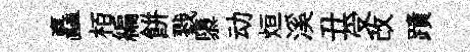
矗栢編餅戮隳动烜溪丑受改蹟